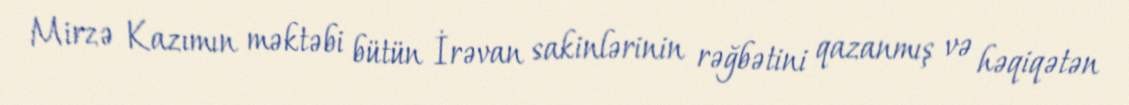
Mirzə Kazımın məktəbi bütün İrəvan sakinlərinin rəğbətini qazanmış və həqiqətən